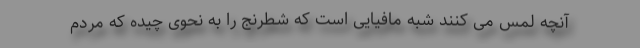
آنچه لمس می کنند شبه مافیایی است که شطرنج را به نحوی چیده که مردم